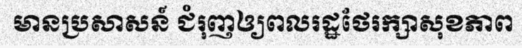
មានប្រសាសន៍ ជំរុញឲ្យពលរដ្ឋថែរក្សាសុខភាព